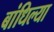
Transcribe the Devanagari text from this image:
बांधिल्या